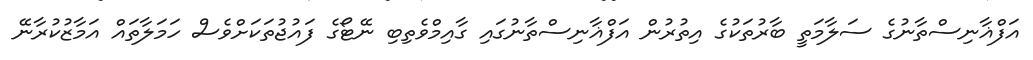
އަފްޣާނިސްތާނުގެ ސަލާމަތީ ބާރުތަކުގެ އިތުރުން އަފްޣާނިސްތާނުގައި ގާއިމްވެތިބި ނޭޓޯގެ ފައުޖުތަކަށްވެސް ހަމަލާތައް އަމާޒުކުރާނޭ